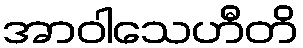
အာဝါသေဟီတိ